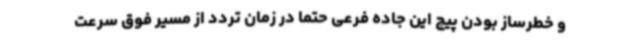
و خطرساز بودن پیچ این جاده فرعی حتما در زمان تردد از مسیر فوق سرعت